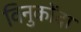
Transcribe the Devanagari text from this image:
विनुकोंदा